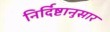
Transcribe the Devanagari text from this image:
निर्दिष्टानुसार